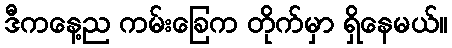
ဒီကနေ့ည ကမ်းခြေက တိုက်မှာ ရှိနေမယ်။